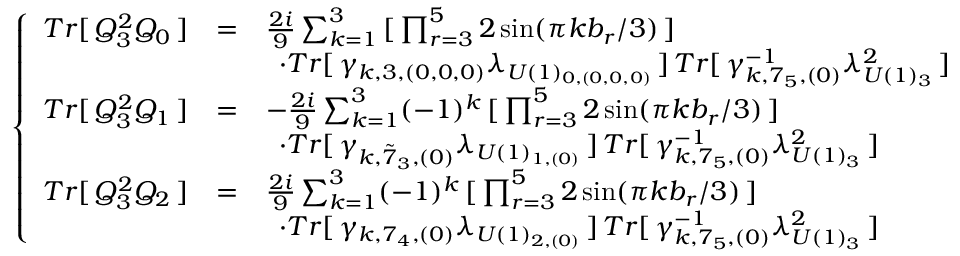
\left\{ \begin{array} { l l l } { { T r [ \, Q _ { 3 } ^ { 2 } Q _ { 0 } \, ] } } & { { = } } & { { \frac { 2 i } { 9 } \sum _ { k = 1 } ^ { 3 } \, [ \, \prod _ { r = 3 } ^ { 5 } 2 \sin ( { \pi k b _ { r } } / { 3 } ) \, ] \, } } \\ { { } } & { { } } & { { \, \, \, \cdot T r [ \, \gamma _ { k , 3 , ( 0 , 0 , 0 ) } \lambda _ { U ( 1 ) _ { 0 , ( 0 , 0 , 0 ) } } \, ] \, T r [ \, \gamma _ { k , 7 _ { 5 } , ( 0 ) } ^ { - 1 } \lambda _ { U ( 1 ) _ { 3 } } ^ { 2 } \, ] } } \\ { { T r [ \, Q _ { 3 } ^ { 2 } Q _ { 1 } \, ] } } & { { = } } & { { - \frac { 2 i } { 9 } \sum _ { k = 1 } ^ { 3 } ( - 1 ) ^ { k } \, [ \, \prod _ { r = 3 } ^ { 5 } 2 \sin ( { \pi k b _ { r } } / { 3 } ) \, ] \, } } \\ { { } } & { { } } & { { \, \, \, \cdot T r [ \, \gamma _ { k , { \tilde { 7 } } _ { 3 } , ( 0 ) } \lambda _ { U ( 1 ) _ { 1 , ( 0 ) } } \, ] \, T r [ \, \gamma _ { k , 7 _ { 5 } , ( 0 ) } ^ { - 1 } \lambda _ { U ( 1 ) _ { 3 } } ^ { 2 } \, ] } } \\ { { T r [ \, Q _ { 3 } ^ { 2 } Q _ { 2 } \, ] } } & { { = } } & { { \frac { 2 i } { 9 } \sum _ { k = 1 } ^ { 3 } ( - 1 ) ^ { k } \, [ \, \prod _ { r = 3 } ^ { 5 } 2 \sin ( { \pi k b _ { r } } / { 3 } ) \, ] \, } } \\ { { } } & { { } } & { { \, \, \, \cdot T r [ \, \gamma _ { k , 7 _ { 4 } , ( 0 ) } \lambda _ { U ( 1 ) _ { 2 , ( 0 ) } } \, ] \, T r [ \, \gamma _ { k , 7 _ { 5 } , ( 0 ) } ^ { - 1 } \lambda _ { U ( 1 ) _ { 3 } } ^ { 2 } \, ] } } \end{array} \right.